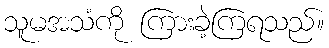
သူမအသံကို ကြားခဲ့ကြရသည်။